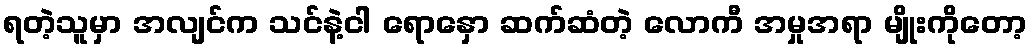
ရတဲ့သူမှာ အလျင်က သင်နဲ့ငါ ရောနှော ဆက်ဆံတဲ့ လောကီ အမှုအရာ မျိုးကိုတော့